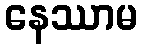
နေဿာမ